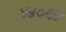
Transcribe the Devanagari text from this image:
४५०६५